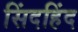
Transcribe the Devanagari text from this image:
सिंदहिंद